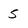
Character: 5